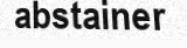
abstainer